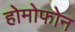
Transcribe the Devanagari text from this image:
होमोफोन